Civil Veterinary Department Bengal reports 1933-51 - 1933-1951
Year: 1933
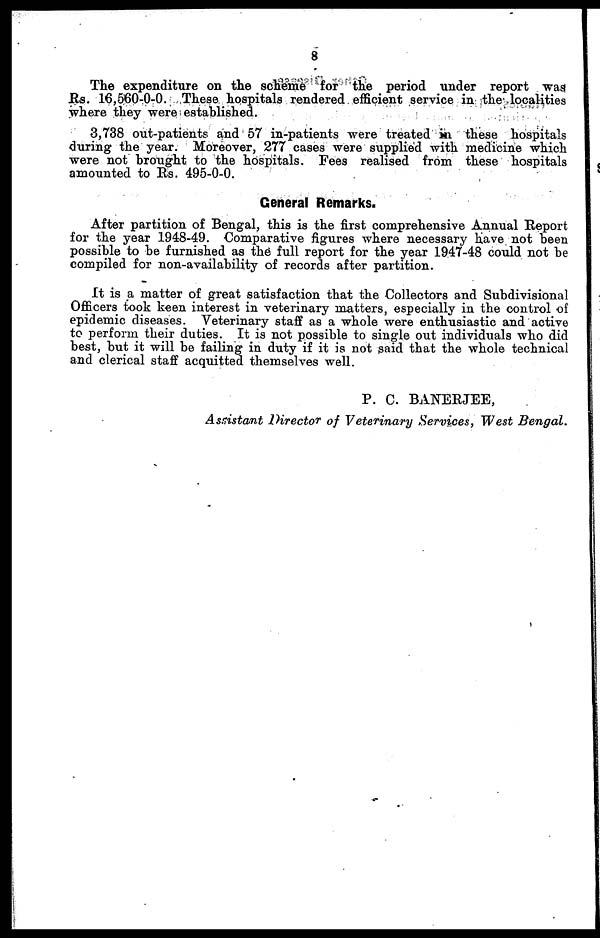
8
The expenditure on the scheme for the period under report was
Rs. 16,560-0-0. These hospitals rendered efficient service in the localities
where they were established.
3,738 out-patients and 57 in-patients were treated in these hospitals
during the year. Moreover, 277 cases were supplied with medicine which
were not brought to the hospitals. Fees realised from these hospitals
amounted to Rs. 495-0-0.
General Remarks.
After partition of Bengal, this is the first comprehensive Annual Report
for the year 1948-49. Comparative figures where necessary have not been
possible to be furnished as the full report for the year 1947-48 could not be
compiled for non-availability of records after partition.
It is a matter of great satisfaction that the Collectors and Subdivisional
Officers took keen interest in veterinary matters, especially in the control of
epidemic diseases. Veterinary staff as a whole were enthusiastic and active
to perform their duties. It is not possible to single out individuals who did
best, but it will be failing in duty if it is not said that the whole technical
and clerical staff acquitted themselves well.
P. C. BANERJEE,
Assistant Director of Veterinary Services, West Bengal.